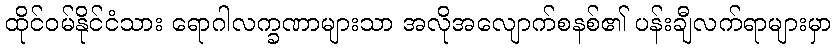
ထိုင်ဝမ်နိုင်ငံသား ရောဂါလက္ခဏာများသာ အလိုအလျောက်စနစ်၏ ပန်းချီလက်ရာများမှာ